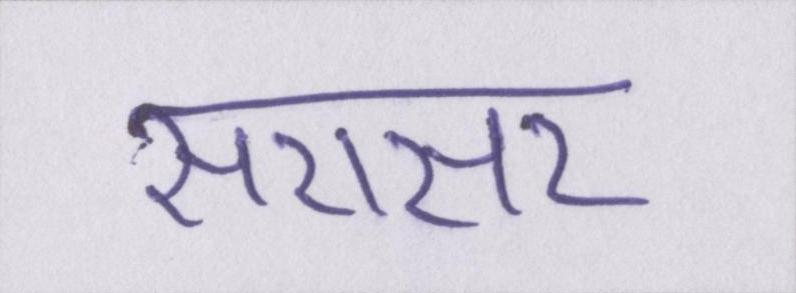
सरासर